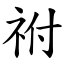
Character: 祔